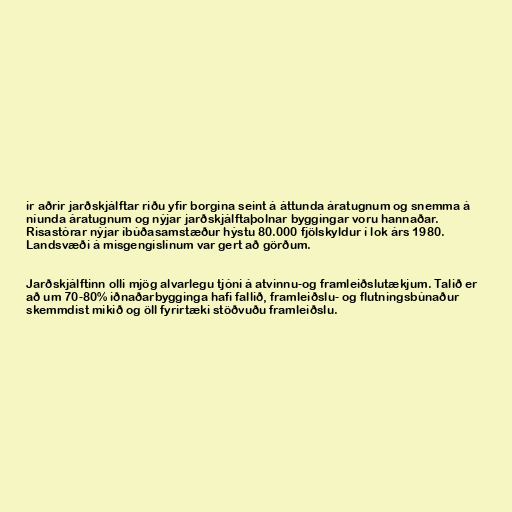
ir aðrir jarðskjálftar riðu yfir borgina seint á áttunda áratugnum og snemma á
níunda áratugnum og nýjar jarðskjálftaþolnar byggingar voru hannaðar.
Risastórar nýjar íbúðasamstæður hýstu 80.000 fjölskyldur í lok árs 1980.
Landsvæði á misgengislínum var gert að görðum.

Jarðskjálftinn olli mjög alvarlegu tjóni á atvinnu-og framleiðslutækjum. Talið er
að um 70-80% iðnaðarbygginga hafi fallið, framleiðslu- og flutningsbúnaður
skemmdist mikið og öll fyrirtæki stöðvuðu framleiðslu.